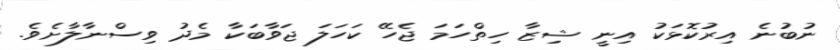
ނުބުނެ އިރުކޮޅަކު އިނީ ޝިޒާ ހިތްހަމަ ޖެހޭ ކަހަލަ ޖަވާބަކާ މެދު ވިސްނާލާށެވެ.